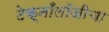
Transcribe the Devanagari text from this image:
टेक्नाँलॉजीचा